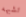
تشبهه